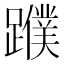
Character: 𨆯